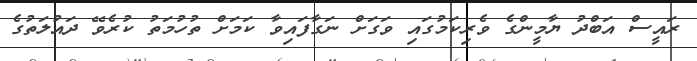
ރައީސް އަބްދު ޔާމީންގެ ވެރިކަމުގައި ވަގަށް ނަގާފައިވާ ކަމަށް ތުހުމަތު ކުރެވޭ ދައުލަތުގެ